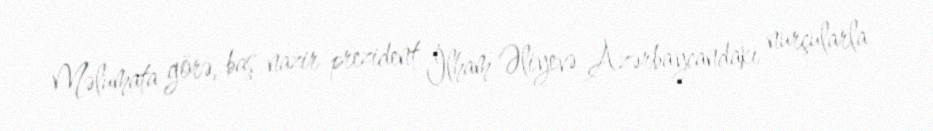
Məlumata görə, baş nazir prezident İlham Əliyevə Azərbaycandakı nurçularla